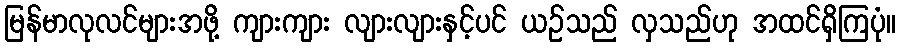
မြန်မာလုလင်များအဖို့ ကျားကျား လျားလျားနှင့်ပင် ယဉ်သည် လှသည်ဟု အထင်ရှိကြပုံ။